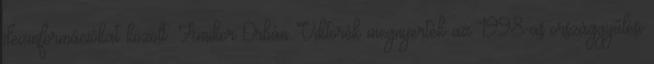
dezinformációkat közölt. Amikor Orbán Viktorék megnyerték az 1998-as országgyűlési